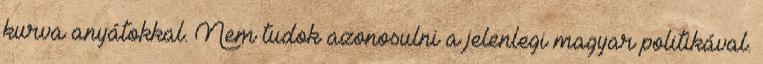
kurva anyátokkal. Nem tudok azonosulni a jelenlegi magyar politikával.